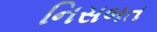
નિસબત